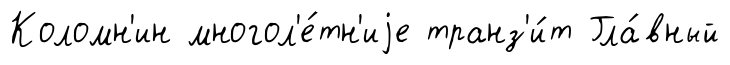
Коломн'ин многол'е́тн'иjе транз'и́т Гла́вный